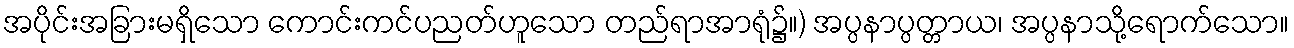
အပိုင်းအခြားမရှိသော ကောင်းကင်ပညတ်ဟူသော တည်ရာအာရုံ၌။) အပ္ပနာပ္ပတ္တာယ၊ အပ္ပနာသို့ရောက်သော။